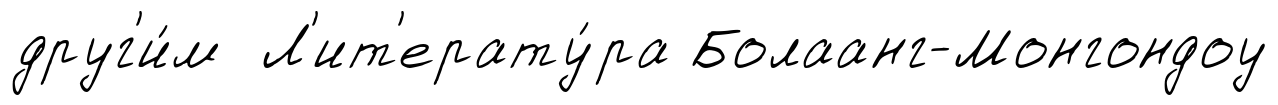
друг'и́м Л'ит'ерату́ра Болаанг-Монгондоу